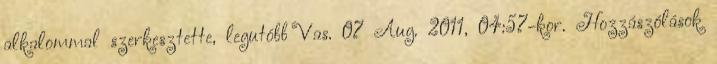
alkalommal szerkesztette, legutóbb Vas. 07 Aug. 2011, 04:57-kor. Hozzászólások